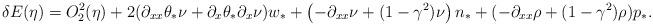
LaTeX: \begin{align*} \delta E(\eta) & = O_2^2(\eta) + 2 (\partial_{xx} \theta_* \nu + \partial_x \theta_* \partial_x \nu) w_* + \left(- \partial_{xx} \nu+ (1 - \gamma^2) \nu \right) n_* + (- \partial_{xx} \rho+ (1 - \gamma^2) \rho) p_*.\end{align*}